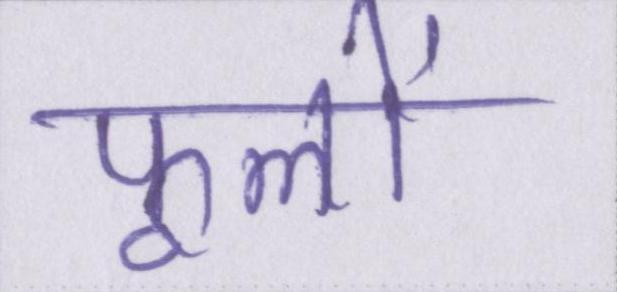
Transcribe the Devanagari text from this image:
फूलों